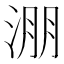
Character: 淜